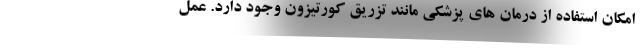
امکان استفاده از درمان های پزشکی مانند تزریق کورتیزون وجود دارد. عمل